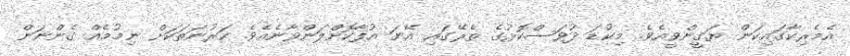
އެމެރިކާގައިކަން ޔަގީންވީއެވެ. މިކުޑަ ދުވަސްކޮޅުގެ ތެރޭގައި އޭނަ އުފާކޮށްލަންވާނެއެވެ. ކަރުނަތަކަށް ނިމުމެއް ގެންނަން